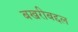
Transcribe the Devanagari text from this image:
बखरीबद्दल